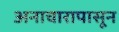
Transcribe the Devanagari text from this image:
अनाचारापासून